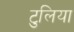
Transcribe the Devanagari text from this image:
टुलिया